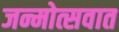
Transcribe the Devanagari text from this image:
जन्मोत्सवात